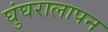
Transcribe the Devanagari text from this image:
घुंघरालापन